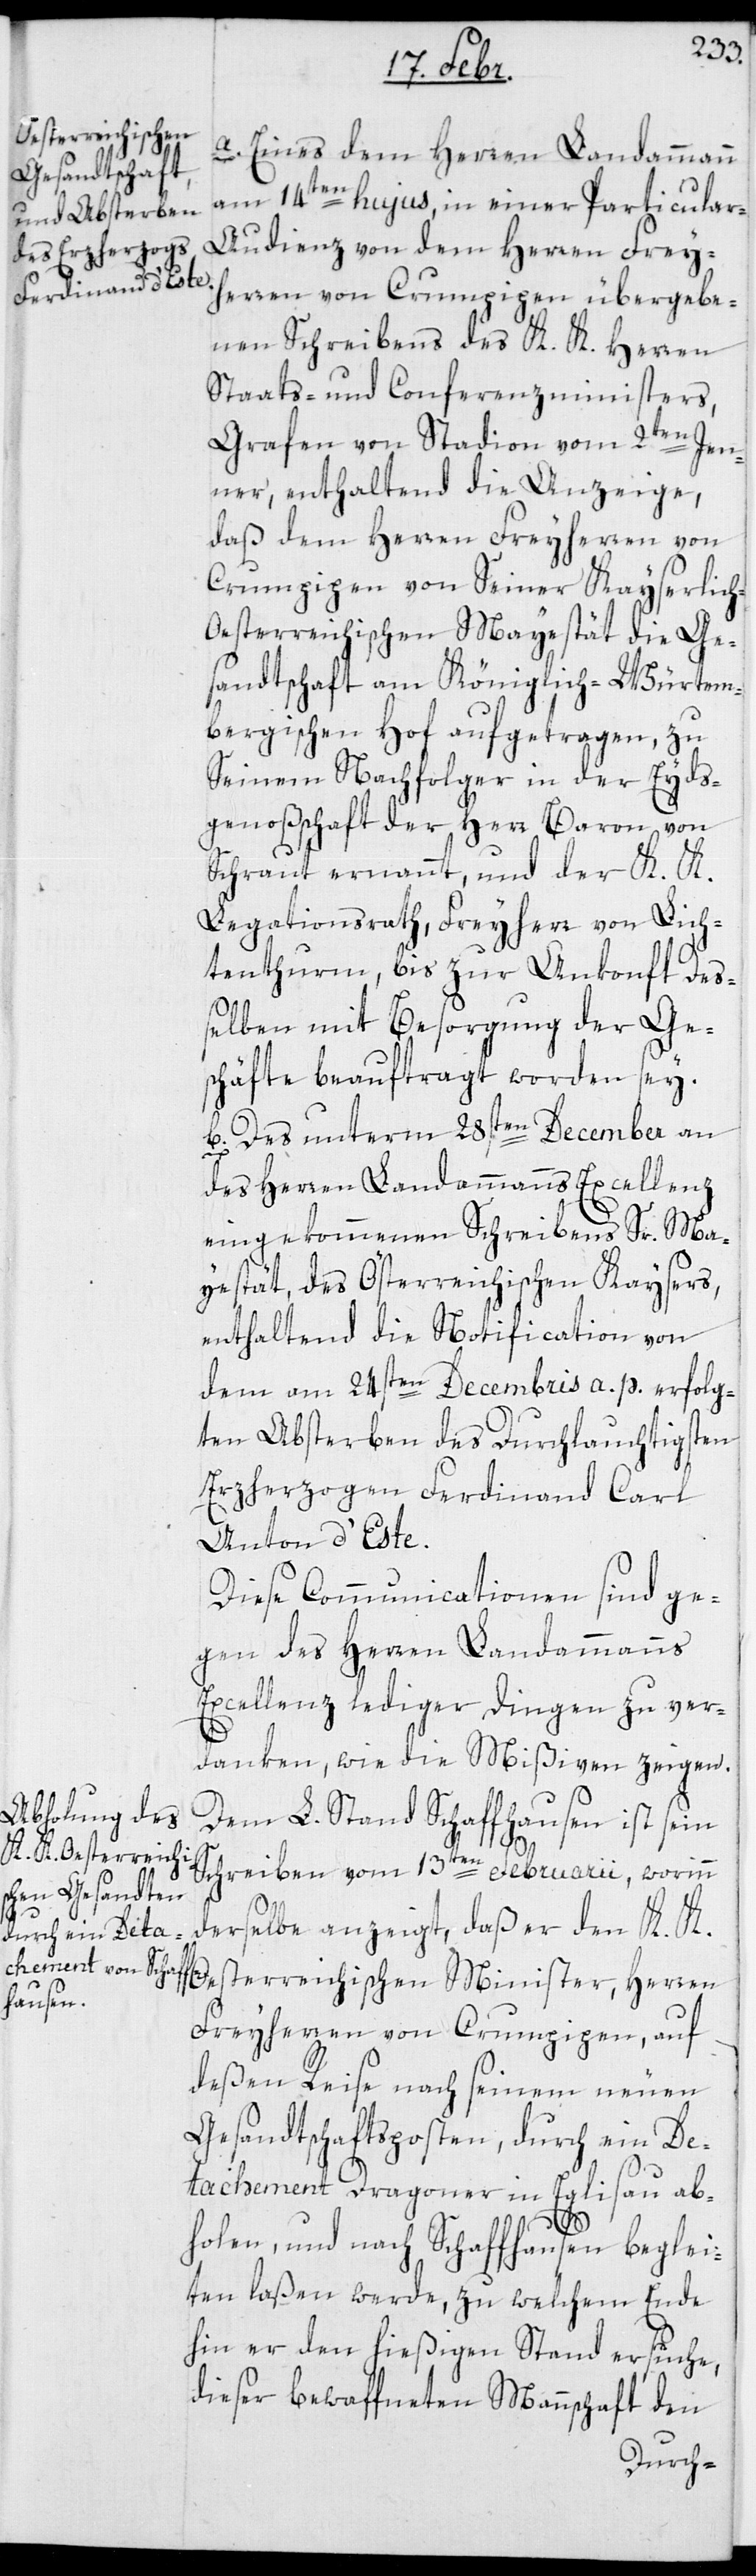
a. Eines dem Herren Landammann
am 14ten hujus in einer Particular-A¬
udienz von dem Herren Frey¬
herren von Crumpipen übergebe¬
nen Schreibens des K. K. Herren
Staats- und Conferenzministers,
Grafen von Stadion, vom 2ten Jen¬
ner, enthaltend die Anzeige,
daß dem Herren Freiherren von
Crumpipen von seiner Kayserlic¬
esterreichischen Mayestät die Ge¬
sandtschaft am Königlich-Würtem¬
bergischen Hof aufgetragen, zu
Seinem Nachfolger in der Eyds¬
genoßenschaft der Herr Baron von
Schraut ernannt, und der K. K.
Legationsrat, Freyherr von Lich¬
tenthurm, bis zur Ankonft deß¬
elben mit Besorgung der Ge¬
schäfte beauftragt worden sey.
b. Das unterm 28sten December an
des Herren Landammanns Excellenz
eingekommenen Schreibens Sr Ma¬
yestät, des Österreichischen Kaysers,
enthaltend die Notification von
dem am 24sten Decembris a. p. erfolg¬
ten Absterben des Durchlauchtigsten
Erzherzogen Ferdinand Carl
Anton d’Este.
Diese Communicationen sind ge¬
gen des Herren Landammanns
Excellenz lediger Dingen zu ver¬
danken, wie die Mißiven zeigen.
Dem L. Stand Schaffhausen ist sein
Schreiben vom 13ten Februarii, worinn
derselbe anzeigt, daß er den K. K.
österreichischen Minister, Herren
Freyherren von Crumpipen, auf
deßen Reise nach seinem neuen
Gesandtschaftsposten, durch ein De¬
tachement Dragoner in Eglisau ab¬
h-O¬
holen und nach Schaffhausen beglei¬
ten laßen werde, zu welchem Ende
hin er den hießigen Stand ersuche,
dieser bewaffneten Mannschaft den